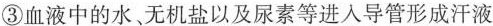
③血液中的水无机盐以及尿素等进入导管形成汗液